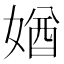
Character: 媨